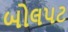
બોલપટ